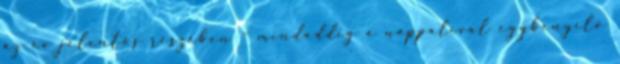
az év jelentős részében – mindaddig a nappalival egybenyíló